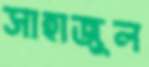
সাহাজুল